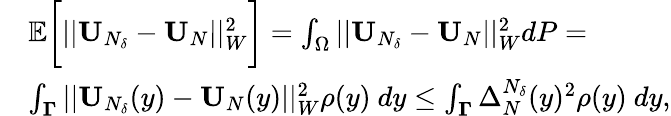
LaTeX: \begin{array}{rl}&{\mathbb{E}\bigg[||\textbf{U}_{N_{\delta}}-\textbf{U}_{N}||_{W}^{2}\bigg]=\int_{\Omega}||\textbf{U}_{N_{\delta}}-\textbf{U}_{N}||_{W}^{2}dP=}\\ &{\int_{\boldsymbol{\Gamma}}||\textbf{U}_{N_{\delta}}(y)-\textbf{U}_{N}(y)||_{W}^{2}\rho(y)\ dy\leq\int_{\boldsymbol{\Gamma}}\Delta_{N}^{N_{\delta}}(y)^{2}\rho(y)\ dy,}\end{array}